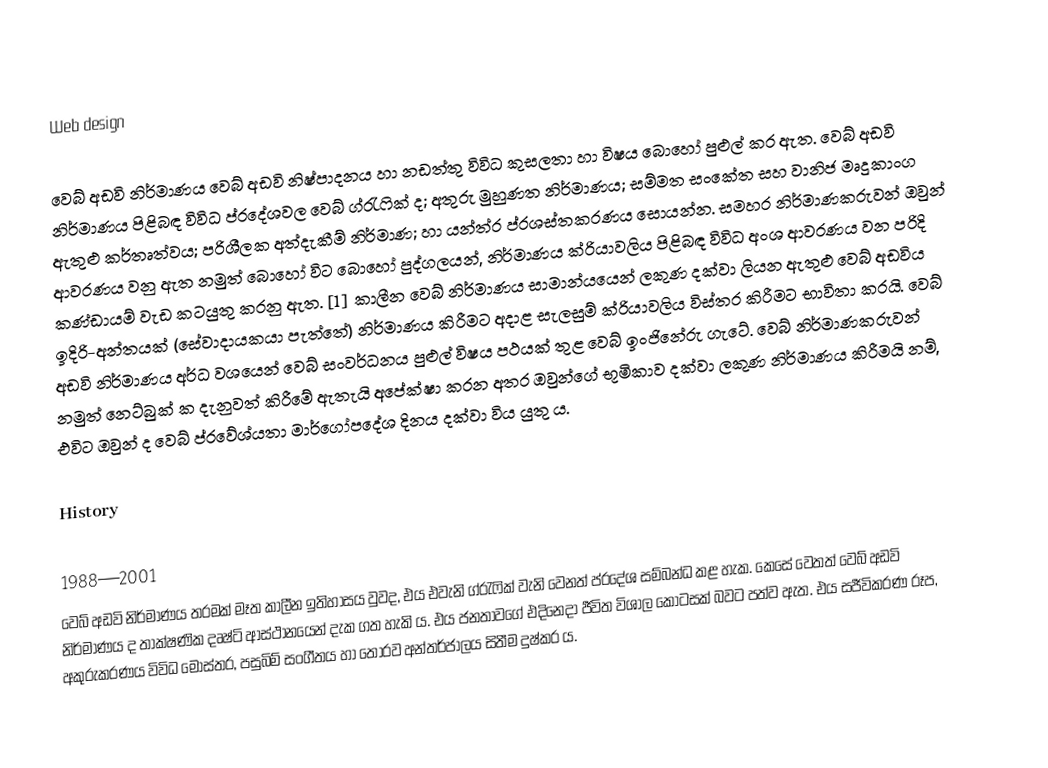
Web design

වෙබ් අඩවි නිර්මාණය වෙබ් අඩවි නිෂ්පාදනය හා නඩත්තු විවිධ කුසලතා හා විෂය බොහෝ පුළුල් කර ඇත. වෙබ් අඩවි නිර්මාණය පිළිබඳ විවිධ ප්රදේශවල වෙබ් ග්රැෆික් ද; අතුරු මුහුණත නිර්මාණය; සම්මත සංකේත සහ වානිජ මෘදුකාංග ඇතුළු කර්තෘත්වය; පරිශීලක අත්දැකීම් නිර්මාණ; හා යන්ත්ර ප්රශස්තකරණය සොයන්න. සමහර නිර්මාණකරුවන් ඔවුන් ආවරණය වනු ඇත නමුත් බොහෝ විට බොහෝ පුද්ගලයන්, නිර්මාණය ක්රියාවලිය පිළිබඳ විවිධ අංශ ආවරණය වන පරිදි කණ්ඩායම් වැඩ කටයුතු කරනු ඇත. [1] කාලීන වෙබ් නිර්මාණය සාමාන්යයෙන් ලකුණ දක්වා ලියන ඇතුළු වෙබ් අඩවිය ඉදිරි-අන්තයක් (සේවාදායකයා පැත්තේ) නිර්මාණය කිරීමට අදාළ සැලසුම් ක්රියාවලිය විස්තර කිරීමට භාවිතා කරයි. වෙබ් අඩවි නිර්මාණය අර්ධ වශයෙන් වෙබ් සංවර්ධනය පුළුල් විෂය පථයක් තුළ වෙබ් ඉංජිනේරු ගැටේ. වෙබ් නිර්මාණකරුවන් නමුත් නෙට්බුක් ක දැනුවත් කිරීමේ ඇතැයි අපේක්ෂා කරන අතර ඔවුන්ගේ භූමිකාව දක්වා ලකුණ නිර්මාණය කිරීමයි නම්, එවිට ඔවුන් ද වෙබ් ප්රවේශ්යතා මාර්ගෝපදේශ දිනය දක්වා විය යුතු ය.

History

1988—2001
වෙබ් අඩවි නිර්මාණය තරමක් මෑත කාලීන ඉතිහාසය වුවද, එය එවැනි ග්රැෆික් වැනි වෙනත් ප්රදේශ සම්බන්ධ කළ හැක. කෙසේ වෙතත් වෙබ් අඩවි නිර්මාණය ද තාක්ෂණික දෘෂ්ටි ආස්ථානයෙන් දැක ගත හැකි ය. එය ජනතාවගේ එදිනෙදා ජීවිත විශාල කොටසක් බවට පත්ව ඇත. එය සජීවිකරණ රූප, අකුරුකරණය විවිධ මෝස්තර, පසුබිම් සංගීතය හා තොරව අන්තර්ජාලය සිතීම දුෂ්කර ය.